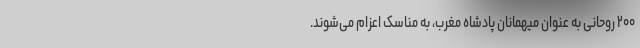
۲۰۰ روحانی به عنوان میهمانان پادشاه مغرب، به مناسک اعزام می‌شوند.